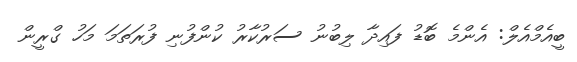
ބީއެމްއެލް: އެންމެ ބޮޑު ފައިދާ ލިބުނު ސަރުކާރު ކުންފުނި ފުރަތަމަ މަހު ގްރީން